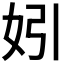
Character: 𡛅